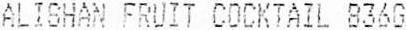
ALISHAN FRUIT COCKTAIL 836G